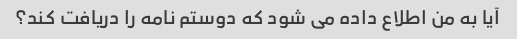
آیا به من اطلاع داده می شود که دوستم نامه را دریافت کند؟